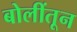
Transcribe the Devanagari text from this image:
बोलींतून